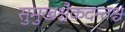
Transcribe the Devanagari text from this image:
सुमुखश्चैकदन्तश्च